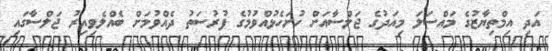
އަދި އިމްތިޔާޒުގެ މައްސަލަ މިއަދުގެ ޖަލްސާއަށް ހުށަހެޅުއްވުމުގެ ފުރުސަތު ދެއްވުމަށް ބެއްލެވިއިރު ޖަލްސާގައި